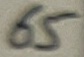
Text: 65